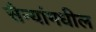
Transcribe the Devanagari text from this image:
सैन्यांमधील